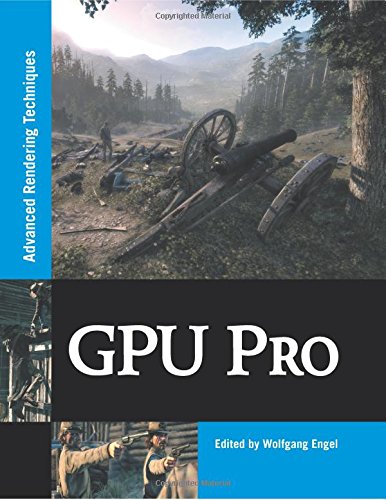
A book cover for GPU Pro: Advanced Rendering Techniques; Computers & Technology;